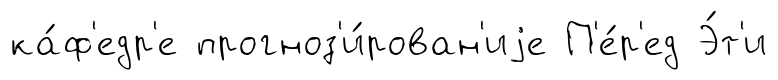
ка́ф'едр'е прогноз'и́рован'иjе П'е́р'ед Э́т'и